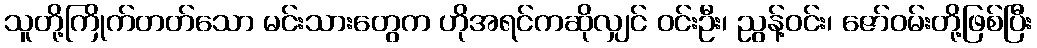
သူတို့ကြိုက်တတ်သော မင်းသားတွေက ဟိုအရင်ကဆိုလျှင် ဝင်းဦး၊ ညွန့်ဝင်း၊ ဇော်ဝမ်းတို့ဖြစ်ပြီး